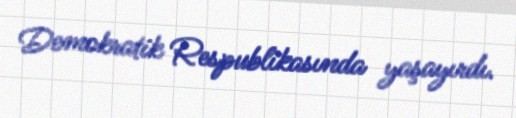
Demokratik Respublikasında yaşayırdı.